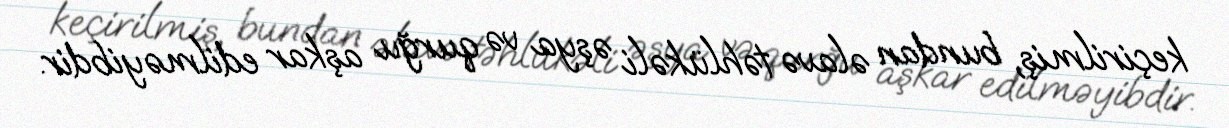
keçirilmiş, bundan əlavə təhlükəli əşya və qurğu aşkar edilməyibdir.